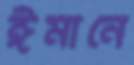
ঈমানে